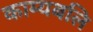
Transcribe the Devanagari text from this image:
काम्यबलि